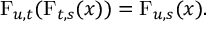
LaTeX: \operatorname { F } _ { u , t } ( \operatorname { F } _ { t , s } ( x ) ) = \operatorname { F } _ { u , s } ( x ) .